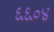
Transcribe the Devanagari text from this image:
६६०४